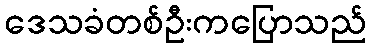
ဒေသခံတစ်ဦးကပြောသည်